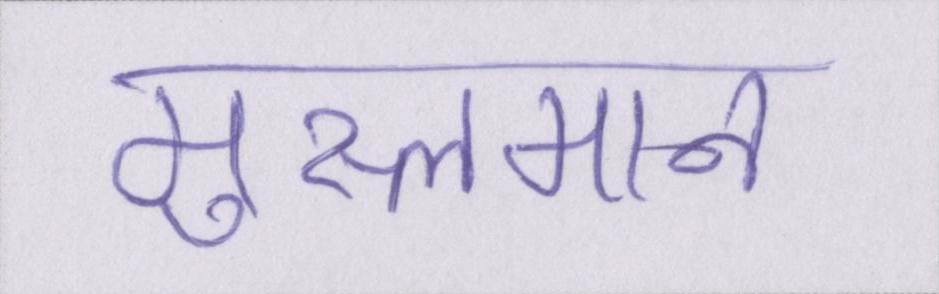
मुस्लमान